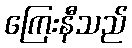
ကြေးနီသည်